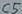
Text: C5